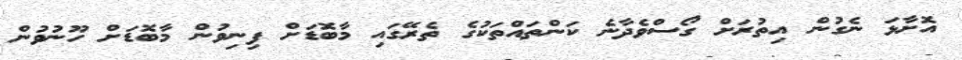
އޮށާޅަ ނެގުން އިތުރަށް ގޯސްވެދާނެ ކަންތައްތަކުގެ ތެރޭގައި މާބޮޑަށް ފިނިވުން މާބޮޑަށް ހޫނުވުން